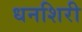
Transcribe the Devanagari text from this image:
धनशिरी